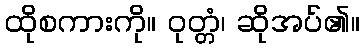
ထိုစကားကို။ ဝုတ္တံ၊ ဆိုအပ်၏။